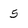
Character: 5